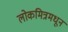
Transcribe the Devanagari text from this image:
लोकमित्रमधून